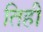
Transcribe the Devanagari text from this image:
तिही